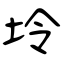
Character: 坽